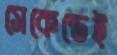
সেকেন্ডেই